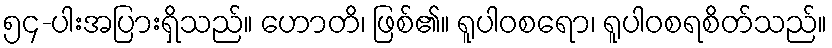
၅၄-ပါးအပြားရှိသည်။ ဟောတိ၊ ဖြစ်၏။ ရူပါဝစရော၊ ရူပါဝစရစိတ်သည်။